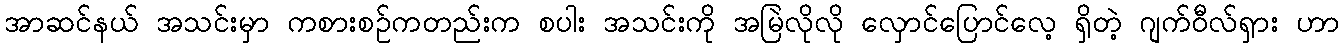
အာဆင်နယ် အသင်းမှာ ကစားစဉ်ကတည်းက စပါး အသင်းကို အမြဲလိုလို လှောင်ပြောင်လေ့ ရှိတဲ့ ဂျက်ဝီလ်ရှား ဟာ